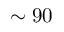
\sim 9 0